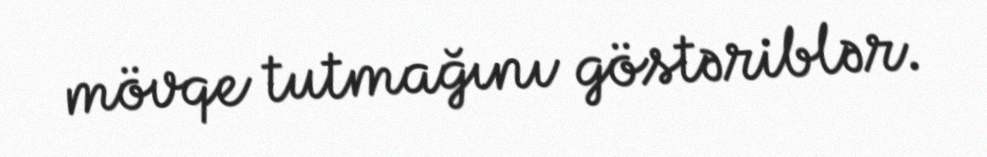
mövqe tutmağını göstəriblər.